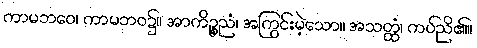
ကာမဘဝေ၊ ကာမဘဝ၌။ အာကိဉ္စညံ၊ အကြွင်းမဲ့သော။ အသတ္ထံ၊ ကပ်ညိ၏။